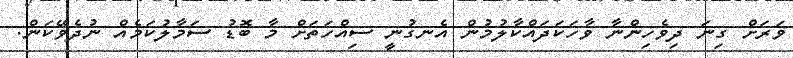
ވަރަށް ގިނަ ދިވެހިންނާ ވާހަކަދައްކާލުމުން އެނގުނީ ސިއްހަތަށް މާ ބޮޑު ސަމާލުކަމެއް ނުދެވޭކަން.